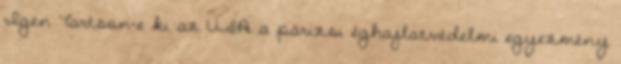
Igen Tartson-e ki az USA a párizsi éghajlatvédelmi egyezmény